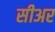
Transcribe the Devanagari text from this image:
सीअर